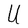
Character: U